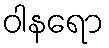
ဝါနရော